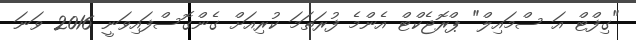
"ގިފްޓް އަ ސްމައިލް" ޕްރޮޖެކްޓް އެންމެ ފުރަތަމަ ކުރިއަށް ގެންގޮސްފައިވަނީ 2016 ވަނަ